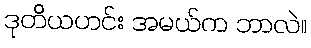
ဒုတိယဟင်း အမယ်က ဘာလဲ။